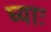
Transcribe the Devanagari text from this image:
घ्‍याः